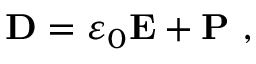
\mathbf { D } = \varepsilon _ { 0 } \mathbf { E } + \mathbf { P } \ ,